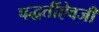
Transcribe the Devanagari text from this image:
पद्धतींऐवजी